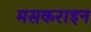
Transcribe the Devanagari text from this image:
मसकराइन